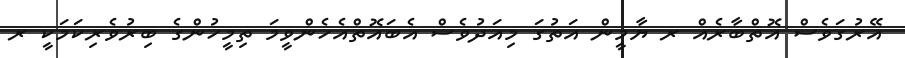
އޭރުގަވެސް އޮތްބާރެއް ރ ޔާމީން އަތުގަ މިއަދުވެސް އެބައޮތްއެހެންވީމަ ތިމީހުންގެ ބިރުވެރިކަމަކީ ރ